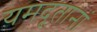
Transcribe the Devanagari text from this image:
यमदूतानां